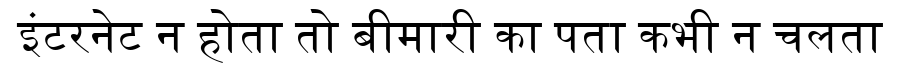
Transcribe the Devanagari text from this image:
इंटरनेट न होता तो बीमारी का पता कभी न चलता